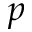
p